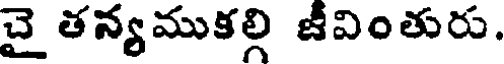
చై తన్యముకల్గి జీవింతురు.